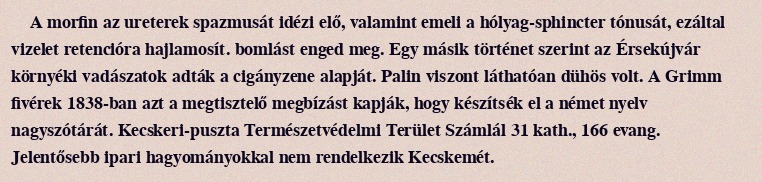
A morfin az ureterek spazmusát idézi elő, valamint emeli a hólyag-sphincter tónusát, ezáltal vizelet retencióra hajlamosít. bomlást enged meg. Egy másik történet szerint az Érsekújvár környéki vadászatok adták a cigányzene alapját. Palin viszont láthatóan dühös volt. A Grimm fivérek 1838-ban azt a megtisztelő megbízást kapják, hogy készítsék el a német nyelv nagyszótárát. Kecskeri-puszta Természetvédelmi Terület Számlál 31 kath., 166 evang. Jelentősebb ipari hagyományokkal nem rendelkezik Kecskemét.